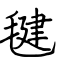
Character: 毽